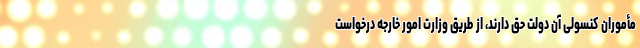
مأموران کنسولی آن دولت حق دارند، از طریق وزارت امور خارجه درخواست